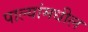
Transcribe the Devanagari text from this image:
पाल्यांमधील